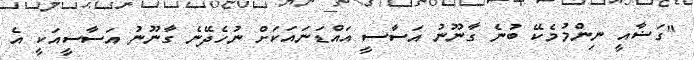
"ގަޟާއީ ނިންމުމެކޭ ބުނެ ގާނޫނު އަސާސީ އައްޑަނައަކަށް ނުހެދޭނެ ގާނޫނު އަސާސީއަކީ އެ